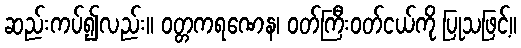
ဆည်းကပ်၍လည်း။ ဝတ္တကရဏေန၊ ဝတ်ကြီးဝတ်ငယ်ကို ပြုသဖြင့်။